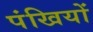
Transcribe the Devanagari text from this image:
पंखियों